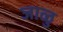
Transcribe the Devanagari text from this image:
जाळु